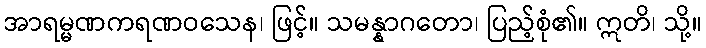
အာရမ္မဏကရဏဝသေန၊ ဖြင့်။ သမန္နာဂတော၊ ပြည့်စုံ၏။ ဣတိ၊ သို့။